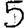
Digit: 5